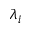
\lambda _ { i }